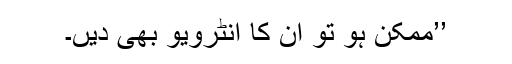
’’ممکن ہو تو ان کا انٹرویو بھی دیں۔